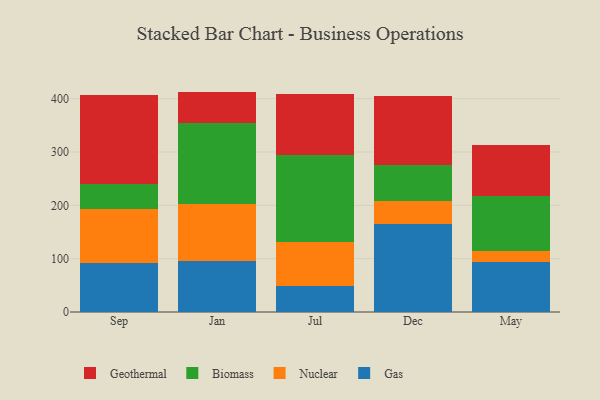
{"axis": {"x": "Month", "y": "Conversion Rate (%)"}, "legend": ["Biomass", "Gas", "Geothermal", "Nuclear"], "data": [{"x": "Sep", "y": 91.7, "type": "Gas"}, {"x": "Sep", "y": 101.8, "type": "Nuclear"}, {"x": "Sep", "y": 45.8, "type": "Biomass"}, {"x": "Sep", "y": 167.6, "type": "Geothermal"}, {"x": "Jan", "y": 94.8, "type": "Gas"}, {"x": "Jan", "y": 107.3, "type": "Nuclear"}, {"x": "Jan", "y": 151.4, "type": "Biomass"}, {"x": "Jan", "y": 59.7, "type": "Geothermal"}, {"x": "Jul", "y": 49.5, "type": "Gas"}, {"x": "Jul", "y": 82.0, "type": "Nuclear"}, {"x": "Jul", "y": 163.6, "type": "Biomass"}, {"x": "Jul", "y": 114.1, "type": "Geothermal"}, {"x": "Dec", "y": 164.5, "type": "Gas"}, {"x": "Dec", "y": 44.2, "type": "Nuclear"}, {"x": "Dec", "y": 66.8, "type": "Biomass"}, {"x": "Dec", "y": 128.9, "type": "Geothermal"}, {"x": "May", "y": 94.0, "type": "Gas"}, {"x": "May", "y": 21.3, "type": "Nuclear"}, {"x": "May", "y": 103.0, "type": "Biomass"}, {"x": "May", "y": 95.2, "type": "Geothermal"}]}